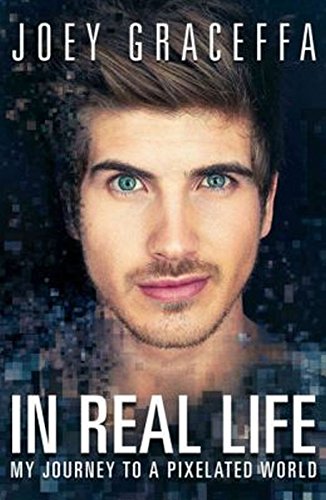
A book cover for In Real Life: My Journey to a Pixelated World; Joey Graceffa; Humor & Entertainment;